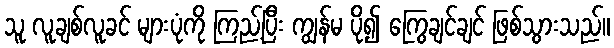
သူ လူချစ်လူခင် များပုံကို ကြည့်ပြီး ကျွန်မ ပို၍ ကြွေချင်ချင် ဖြစ်သွားသည်။